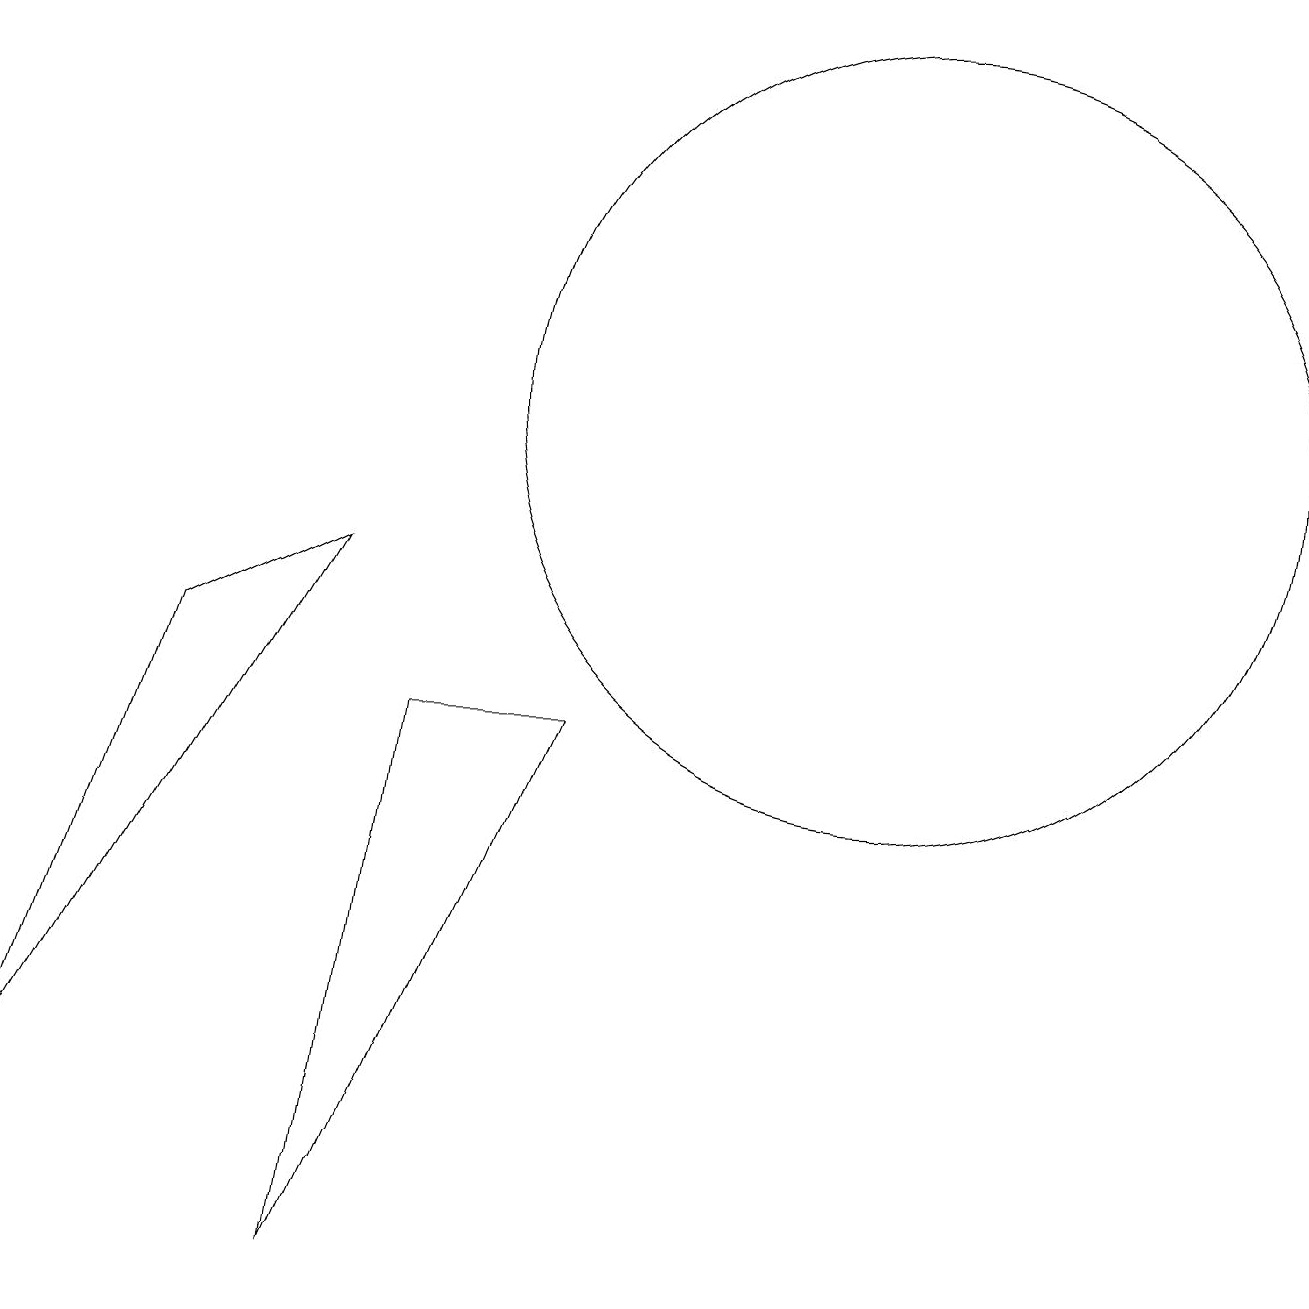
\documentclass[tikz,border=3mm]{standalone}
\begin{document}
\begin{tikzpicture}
\draw (4,0) -- (7,7) -- (5,7) -- cycle;
\draw (11,11) circle (5);
\draw (0,2) -- (4,9) -- (2,8) -- cycle;
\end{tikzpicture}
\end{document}